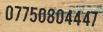
07750804447